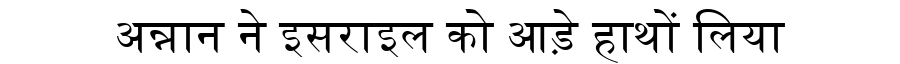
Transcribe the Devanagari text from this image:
अन्नान ने इसराइल को आड़े हाथों लिया